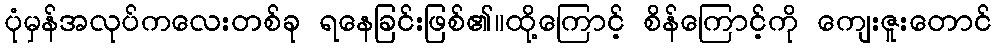
ပုံမှန်အလုပ်ကလေးတစ်ခု ရနေခြင်းဖြစ်၏။ထို့ကြောင့် စိန်ကြောင့်ကို ကျေးဇူးတောင်